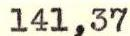
141,37